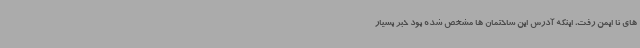
های نا ایمن رفت، اینکه آدرس این ساختمان ها مشخص شده بود خبر بسیار